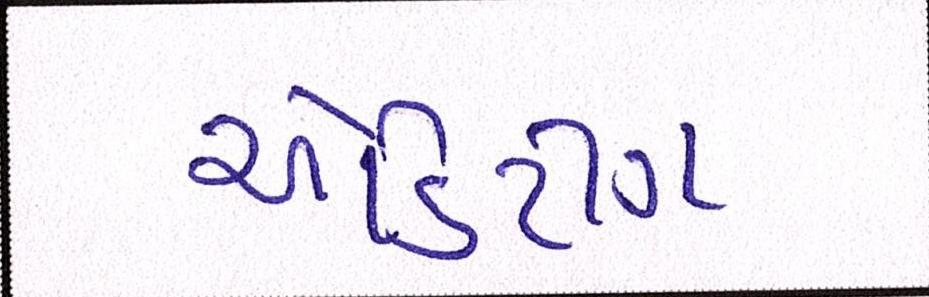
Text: એડિટીંગ